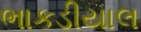
ભાકડીયાલ